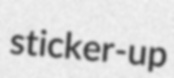
sticker-up